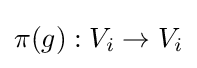
\pi (g):V_{i}\to V_{i}